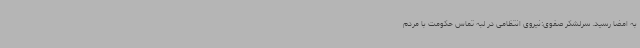
به امضا رسید. سرلشکر صفوی:نیروی انتظامی در لبه تماس حکومت با مردم